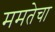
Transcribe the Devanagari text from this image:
ममतेचा